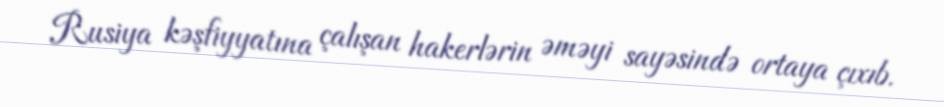
Rusiya kəşfiyyatına çalışan hakerlərin əməyi sayəsində ortaya çıxıb.